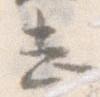
し